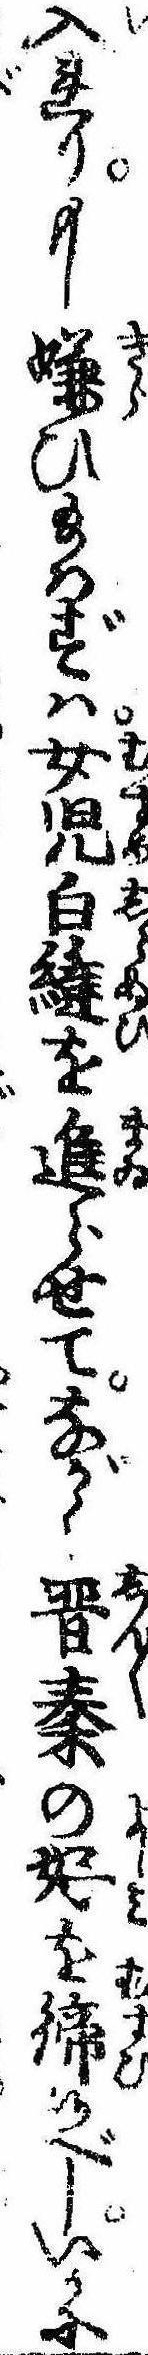
入れりもし嫌ひ給はずは女児白縫を進らせてながく晋秦の好を締候べしいかに